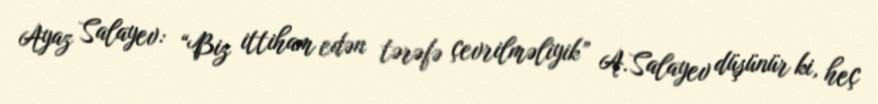
Ayaz Salayev: “Biz ittiham edən tərəfə çevrilməliyik” A.Salayev düşünür ki, heç